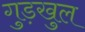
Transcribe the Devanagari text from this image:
गुड़खुल